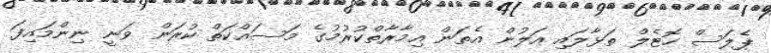
ޕެލަސް ހޮޓެލް ތަޅާލައި އަލުން އެތަން އިމާރާތްކުރުމުގެ މަސައްކަތް ކުރަން ވަނީ ނިންމައިފަ